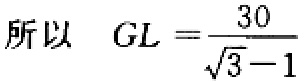
所以 \( GL = \frac{30}{\sqrt{3}-1} \)